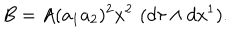
LaTeX: B = A ( a _ { 1 } a _ { 2 } ) ^ { 2 } x ^ { 2 } \, \, ( d \tau \wedge d x ^ { 1 } ) .